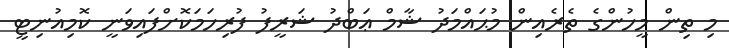
މި ތިން މީހުންގެ ތެރެއިން މުޙައްމަދު ޝާމް ޢަބްދު ޝަރީފު ފުރިހަމަކޮށްފައިވަނީ ކޮމިއުނިޓީ